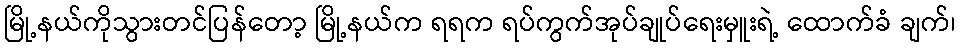
မြို့နယ်ကိုသွားတင်ပြန်တော့ မြို့နယ်က ရရက ရပ်ကွက်အုပ်ချုပ်ရေးမှူးရဲ့ ထောက်ခံ ချက်၊